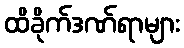
ထိခိုက်ဒဏ်ရာများ